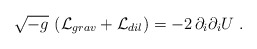
\begin{align*}\sqrt{-g}\, \left( {\cal L}_{grav} +{\cal L}_{dil} \right) =- 2 \, \partial_i \partial_i U\ .\end{align*}